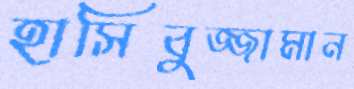
হাসিবুজ্জামান